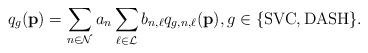
LaTeX: \begin{align*}&q_{g}(\mathbf p) = \sum_{n\in\mathcal N}a_{n}\sum_{\ell\in\mathcal L} b_{n,\ell}q_{g,n,\ell}(\mathbf p), g\in\{{\rm SVC},{\rm DASH}\}.\end{align*}